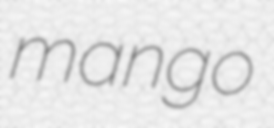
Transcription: mango